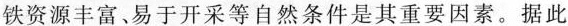
铁资源丰富﹑易于开采等自然条件是其重要因素。据此